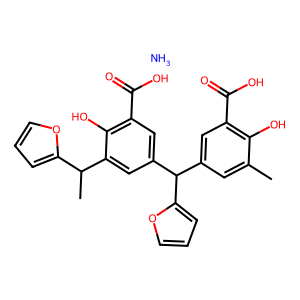
SMILES: Cc1cc(C(c2cc(C(=O)O)c(O)c(C(C)c3ccco3)c2)c2ccco2)cc(C(=O)O)c1O.N
Inhibits HIV replication: Yes